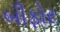
બીફોર